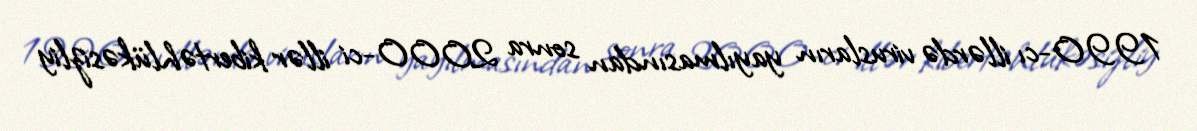
1990-cı illərdə virusların yayılmasından sonra 2000-ci illər kibertəhlükəsizliy